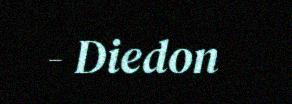
- Diedon